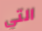
التي